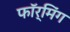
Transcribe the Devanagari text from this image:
फॉर्मिंग